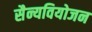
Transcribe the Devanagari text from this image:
सैन्यवियोजन